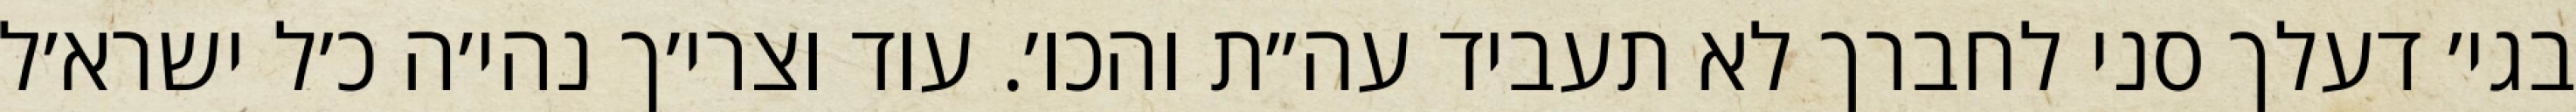
בגי׳ דעלך סני לחברך לא תעביד עה״ת והכו׳. עוד וצרי׳ך נהי׳ה כ׳ל ישרא׳ל